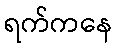
ရက်ကနေ